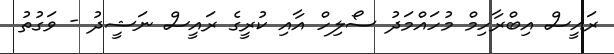
ރައީސް އިބްރާހިމް މުހައްމަދު ސޯލިހް އާއި ކުރީގެ ރައީސް ނަޝީދު - ވަގުތު